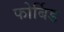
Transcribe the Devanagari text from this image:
फोर्बिड